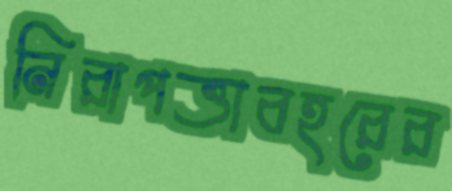
নিরাপত্তাবহরের